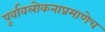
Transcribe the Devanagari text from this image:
पूर्वावलोकनाप्रमाणेच